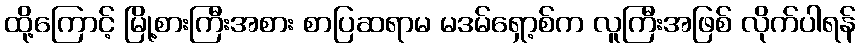
ထို့ကြောင့် မြို့စားကြီးအစား စာပြဆရာမ မဒမ်ရှော့စ်က လူကြီးအဖြစ် လိုက်ပါရန်